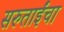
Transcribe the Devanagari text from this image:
सरुताईंचा